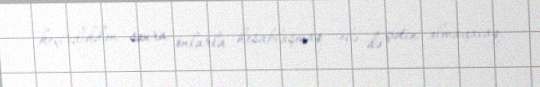
keçirdikdən sonra onlarla hesablaşmaq elə də çətin olmayacaq.